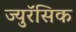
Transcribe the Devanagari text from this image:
ज्युरॅसिक